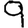
Digit: 9